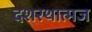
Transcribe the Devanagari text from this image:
दशरथात्मज